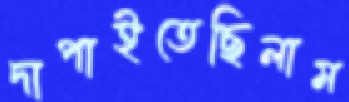
দাপাইতেছিলাম